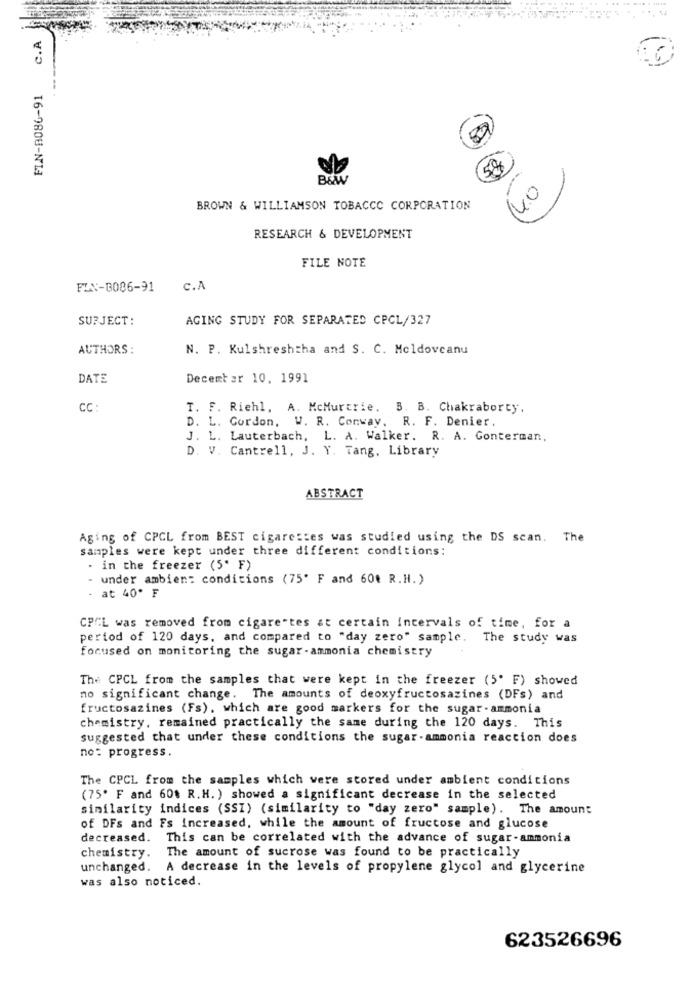
C.A
89
16-0800-N13
BEW
BROWN & WILLIAMSON TOBACCO CORPORATION
RESEARCH & DEVELOPMENT
FILE NOTE
FIN-8086-91
c.A
SUBJECT:
AGING STUDY FOR SEPARATED CPCL/327
AUTHORS :
N. P. Kulshreshtha and S. C. Moldovcanu
DATE
December 10. 1991
CC :
T. F. Riehl, A. McMurarie. B. B. Chakraborty.
D. L. Gordon, W. R. Conway. R. F. Denier.
J. L. Lauterbach, L. A. Walker. R. A. Conterman,
D. V. Cantrell, J. Y. Tang, Library
ABSTRACT
Aging of CPCL from BEST cigarettes was studied using the DS scan. The
samples were kept under three different conditions:
. in the freezer (5' F)
- under ambien: conditions (75' F and 60% R.H. )
at 40º F
CPCL was removed from cigarettes at certain Intervals of time, for a
period of 120 days, and compared to "day zero" sample. The study was
focused on monitoring the sugar-ammonia chemistry
The CPCL from the samples that were kept in the freezer (5' F) showed
no significant change. The amounts of deoxyfructosazines (DFs) and
fructosazines (Fs), which are good markers for the sugar - ammonia
chemistry, remained practically the same during the 120 days. This
suggested that under these conditions the sugar-ammonia reaction does
no: progress.
The CPCL from the samples which were stored under ambient conditions
(75. F and 60% R.H. ) showed a significant decrease in the selected
similarity indices (SSI) (similarity to "day zero" sample). The amount
of DFs and Fs increased, while the amount of fructose and glucose
decreased. This can be correlated with the advance of sugar-ammonia
chemistry. The amount of sucrose was found to be practically
unchanged. A decrease in the levels of propylene glycol and glycerine
was also noticed.
623526696